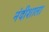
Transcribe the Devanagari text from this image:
नंदीशाला